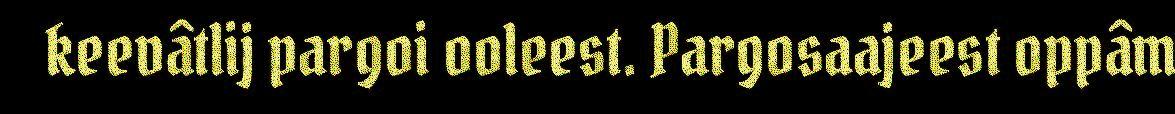
keevâtlij pargoi ooleest. Pargosaajeest oppâm